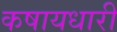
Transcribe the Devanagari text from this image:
कषायधारी